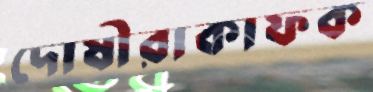
দোষীরাকাফক